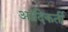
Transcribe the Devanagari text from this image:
आदिकर्ती